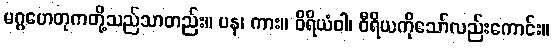
မဂ္ဂဟေတုကတို့သည်သာတည်း။ ပန၊ ကား။ ဝိရိယံဝါ၊ ဝီရိယကိုသော်လည်းကောင်း။